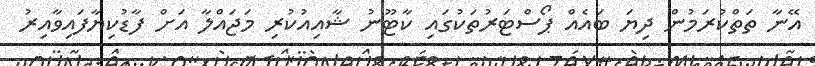
އޭނާ ތަތްކުރަމުން ދިޔަ ބައެއް ޕޯސްޓަރުތަކުގައި ކާޓޫނު ޝާއިއުކުރި މަޖައްލާ އަށް ފާޑުކިޔާފައިވާއިރު